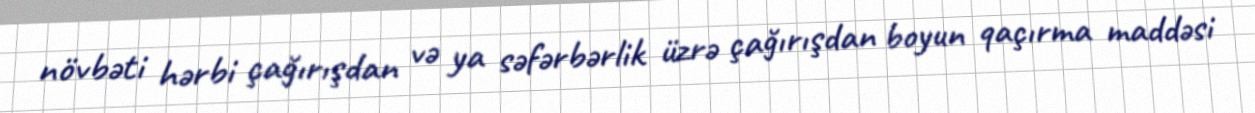
növbəti hərbi çağırışdan və ya səfərbərlik üzrə çağırışdan boyun qaçırma maddəsi